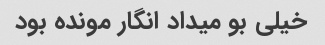
خیلی بو میداد انگار مونده بود